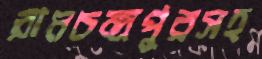
রামচন্দ্রপুরসহ